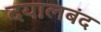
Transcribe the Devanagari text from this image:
दयालबंद